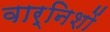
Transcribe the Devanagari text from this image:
वार्निशों